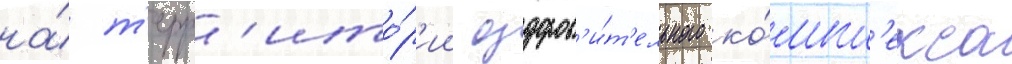
на́ т'ерр'ито́р'ии оздоров'и́т'ельного ко́мпл'екса